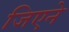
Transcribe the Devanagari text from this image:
जिएने